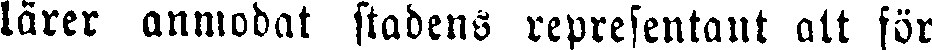
lärer anmodat stadens representant att för